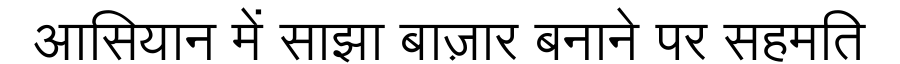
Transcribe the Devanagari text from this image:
आसियान में साझा बाज़ार बनाने पर सहमति